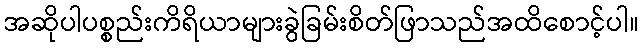
အဆိုပါပစ္စည်းကိရိယာများခွဲခြမ်းစိတ်ဖြာသည်အထိစောင့်ပါ။